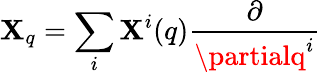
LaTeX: \mathbf{X}_{q}=\sum_{i}\mathbf{X}^{i}(q){\frac{{\partial}}{{\partialq^{i}}}}